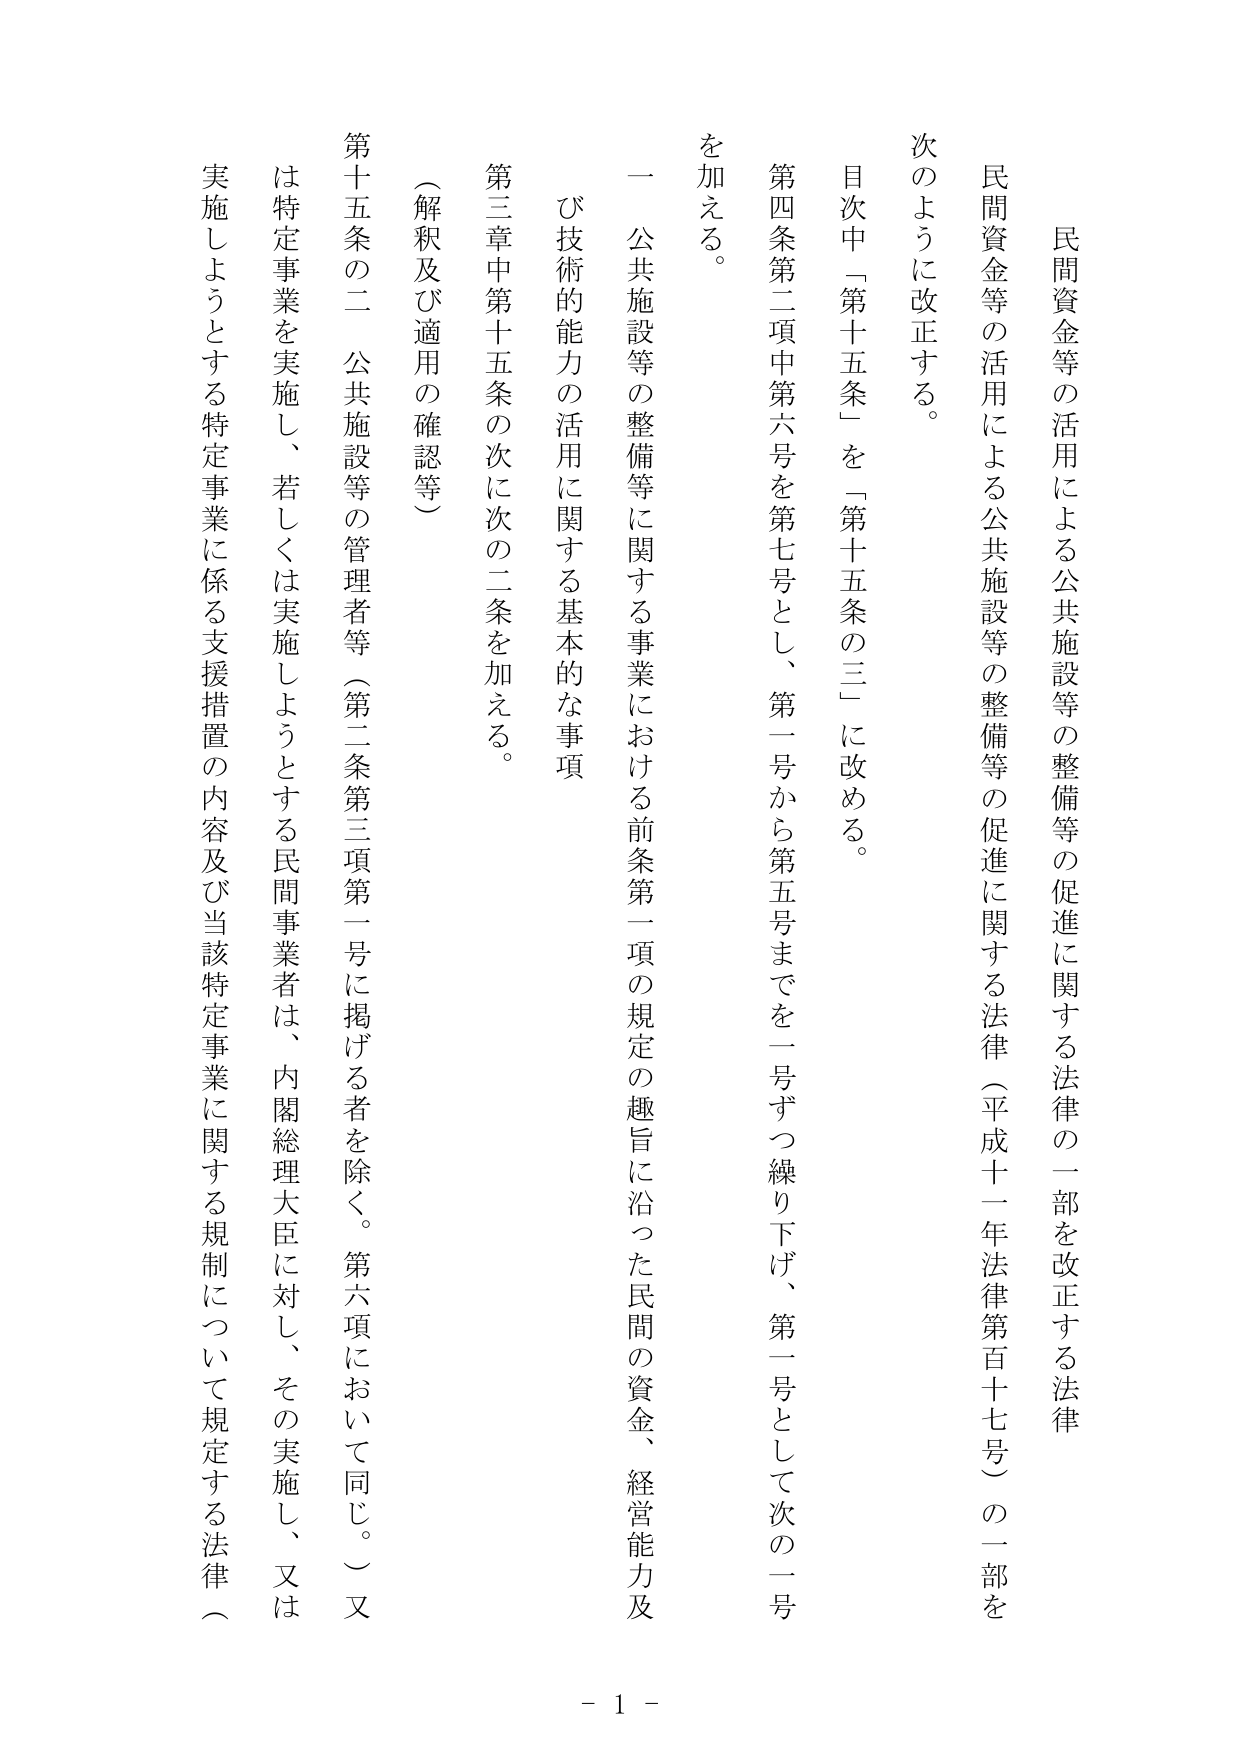
民間資金等の活用による公共施設等の整備等の促進に関する法律の一部を改正する法律

民間資金等の活用による公共施設等の整備等の促進に関する法律（平成十一年法律第百十七号）の一部を
次のように改正する。

目次中「第十五条」を「第十五条の三」に改める。

第四条第二項中第六号を第七号とし、第一号から第五号までを一号ずつ繰り下げ、第一号として次の一号
を加える。

一 公共施設等の整備等に関する事業における前条第一項の規定の趣旨に沿った民間の資金、経営能力及
び技術的能力の活用に関する基本的な事項

第三章中第十五条の次に次の二条を加える。

（解釈及び適用の確認等）

第十五条の二 公共施設等の管理者等（第二条第三項第一号に掲げる者を除く。第六項において同じ。）又
は特定事業を実施し、若しくは実施しようとする民間事業者は、内閣総理大臣に対し、その実施し、又は
実施しようとする特定事業に係る支援措置の内容及び当該特定事業に関する規制について規定する法律（

- 1 -